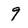
Character: 9